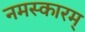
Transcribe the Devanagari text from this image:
नमस्कारम्